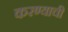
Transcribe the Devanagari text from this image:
करण्याची